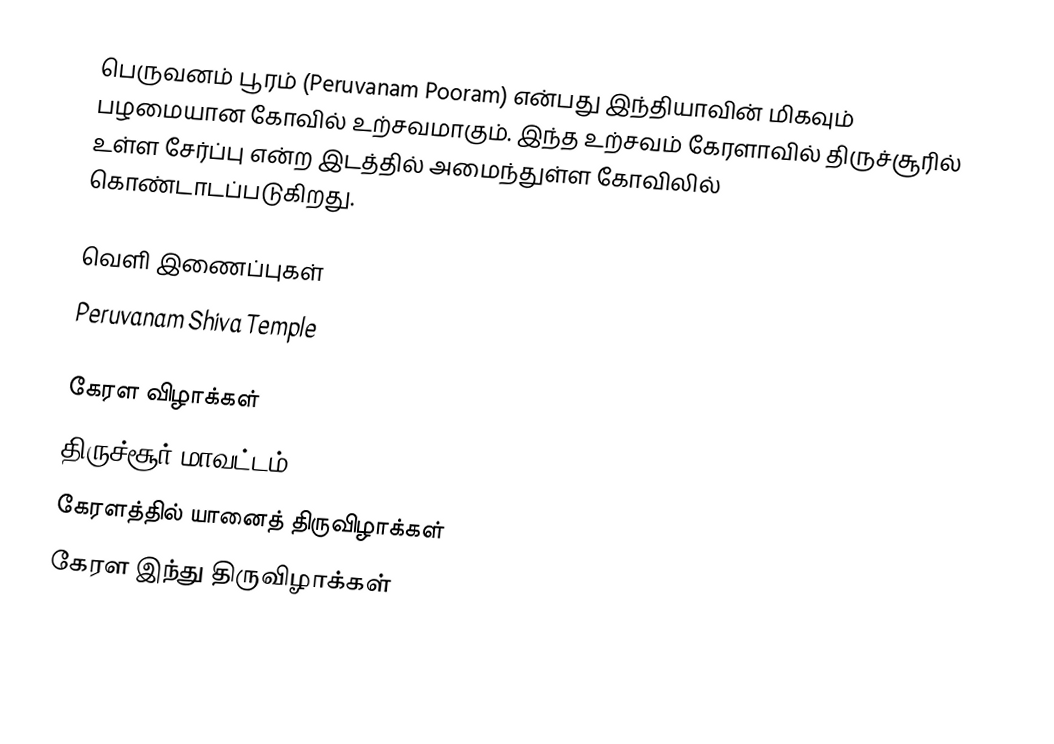
பெருவனம் பூரம் (Peruvanam Pooram) என்பது இந்தியாவின் மிகவும் பழமையான கோவில் உற்சவமாகும். இந்த உற்சவம் கேரளாவில் திருச்சூரில் உள்ள சேர்ப்பு என்ற இடத்தில் அமைந்துள்ள கோவிலில் கொண்டாடப்படுகிறது.

வெளி இணைப்புகள்
Peruvanam Shiva Temple

கேரள விழாக்கள்
திருச்சூர் மாவட்டம்
கேரளத்தில் யானைத் திருவிழாக்கள்
கேரள இந்து திருவிழாக்கள்